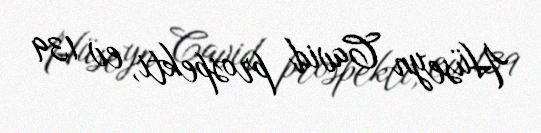
Hüseyn Cavid prospekti, ev 139